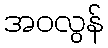
အဝလွန်